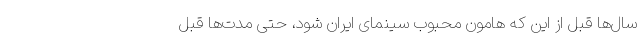
سال‌ها قبل از این‌ که هامون محبوب سینمای ایران شود، حتی مدت‌ها قبل